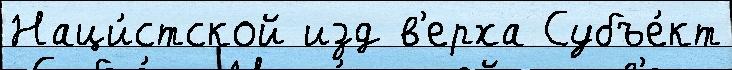
Наци́стской изд в'ерха Субъе́кт